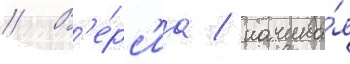
// В'е́рс'иа / начина́я